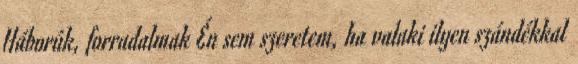
Háborúk, forradalmak Én sem szeretem, ha valaki ilyen szándékkal